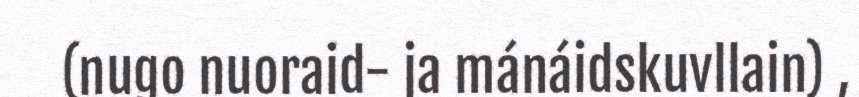
(nugo nuoraid- ja mánáidskuvllain) ,